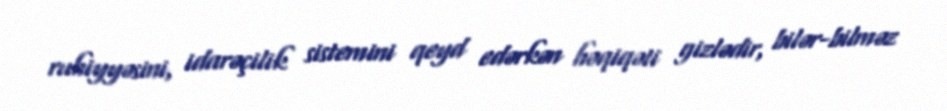
ruhiyyəsini, idarəçilik sistemini qeyd edərkən həqiqəti gizlədir, bilər-bilməz